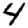
Digit: 4